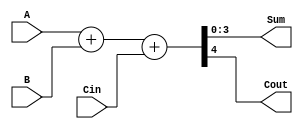
module ripple_carry_adder (
    input [3:0] A,
    input [3:0] B,
    input Cin,
    output [3:0] Sum,
    output Cout
);
    // Internal signals
    wire [4:0] temp; // 5 bits to capture carry out

    assign temp = A + B + Cin;
    assign Sum = temp[3:0];
    assign Cout = temp[4];

endmodule